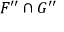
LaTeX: F ^ { \prime \prime } \cap G ^ { \prime \prime }